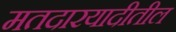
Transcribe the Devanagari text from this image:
मतदारयादीतील